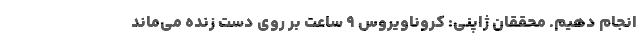
انجام دهیم. محققان ژاپنی: کروناویروس ۹ ساعت بر روی دست زنده می‌ماند